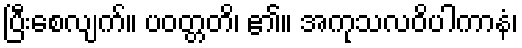
ပြီးစေလျက်။ ပဝတ္တတိ၊ ၏။ အကုသလဝိပါကာနံ၊